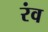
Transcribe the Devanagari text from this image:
रंव